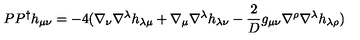
P P ^ { \dag } h _ { \mu \nu } = - 4 ( \nabla _ { \nu } \nabla ^ { \lambda } h _ { \lambda \mu } + \nabla _ { \mu } \nabla ^ { \lambda } h _ { \lambda \nu } - \frac { 2 } { D } g _ { \mu \nu } \nabla ^ { \rho } \nabla ^ { \lambda } h _ { \lambda \rho } )